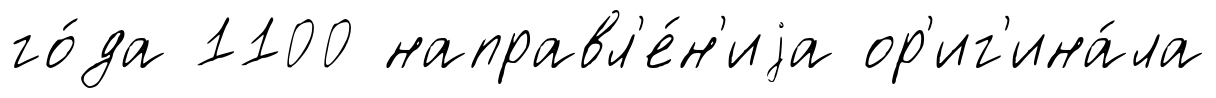
го́да 1100 направл'е́н'иjа ор'иг'ина́ла